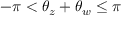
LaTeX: - \pi < \theta _ { z } + \theta _ { w } \leq \pi